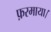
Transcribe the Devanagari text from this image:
फ़रमाया।